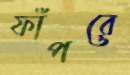
ফাঁপরে